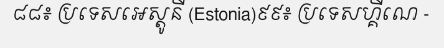
៨៨៖ ប្រទេសអេស្តូនី (Estonia)៩៩៖ ប្រទេសហ្គីណេ -